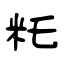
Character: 籷